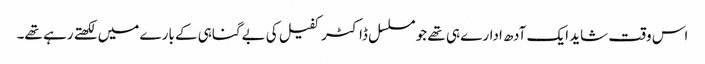
اس وقت شاید ایک آدھ ادارے ہی تھے جو مسلسل ڈاکٹر کفیل کی بےگناہی کے بارے میں لکھتے رہے تھے۔